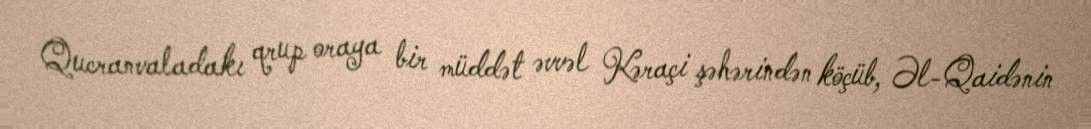
Qucranvaladakı qrup oraya bir müddət əvvəl Kəraçi şəhərindən köçüb, Əl-Qaidənin